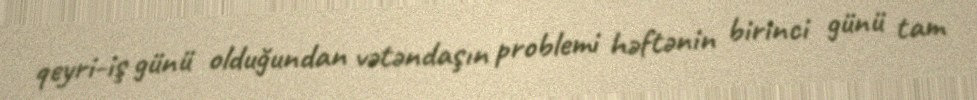
qeyri-iş günü olduğundan vətəndaşın problemi həftənin birinci günü tam